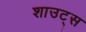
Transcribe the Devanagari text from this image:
शाउट्स